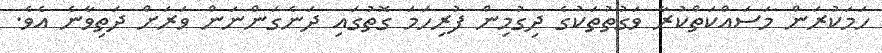
ހަމަކުރަން މަސައްކަތްކުރާ ވަގުތުތަކުގެ ދިގުމިން ފުރިހަމަ ގޮތުގައި ދަނެގަންނަން ވަރަށް ދަތިވާނެ އެވެ.